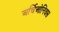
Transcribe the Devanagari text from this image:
अर्चिओनिक्स